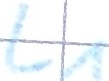
Text: L1